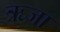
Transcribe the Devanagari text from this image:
ऋजा